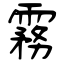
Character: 霧